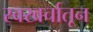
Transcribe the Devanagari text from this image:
स्वखर्चातून